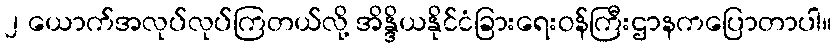
၂ ယောက်အလုပ်လုပ်ကြတယ်လို့ အိန္ဒိယနိုင်ငံခြားရေးဝန်ကြီးဌာနကပြောတာပါ။